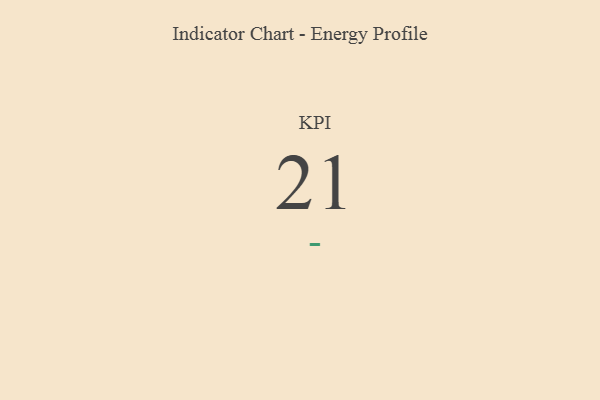
{"axis": {"x": "KPI", "y": "Value"}, "legend": [""], "data": [{"x": "KPI", "y": 21, "type": ""}]}